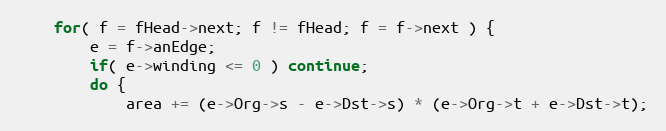
Language: C
	for( f = fHead->next; f != fHead; f = f->next ) {
		e = f->anEdge;
		if( e->winding <= 0 ) continue;
		do {
			area += (e->Org->s - e->Dst->s) * (e->Org->t + e->Dst->t);